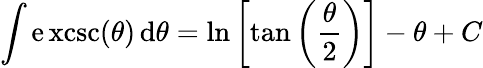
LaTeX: \int\operatorname{\mathrm{e}xcsc}(\theta)\, \mathrm{{d}}\theta=\ln\left[\tan\left({\frac{{\theta}}{{2}}}\right)\right]-\theta+C